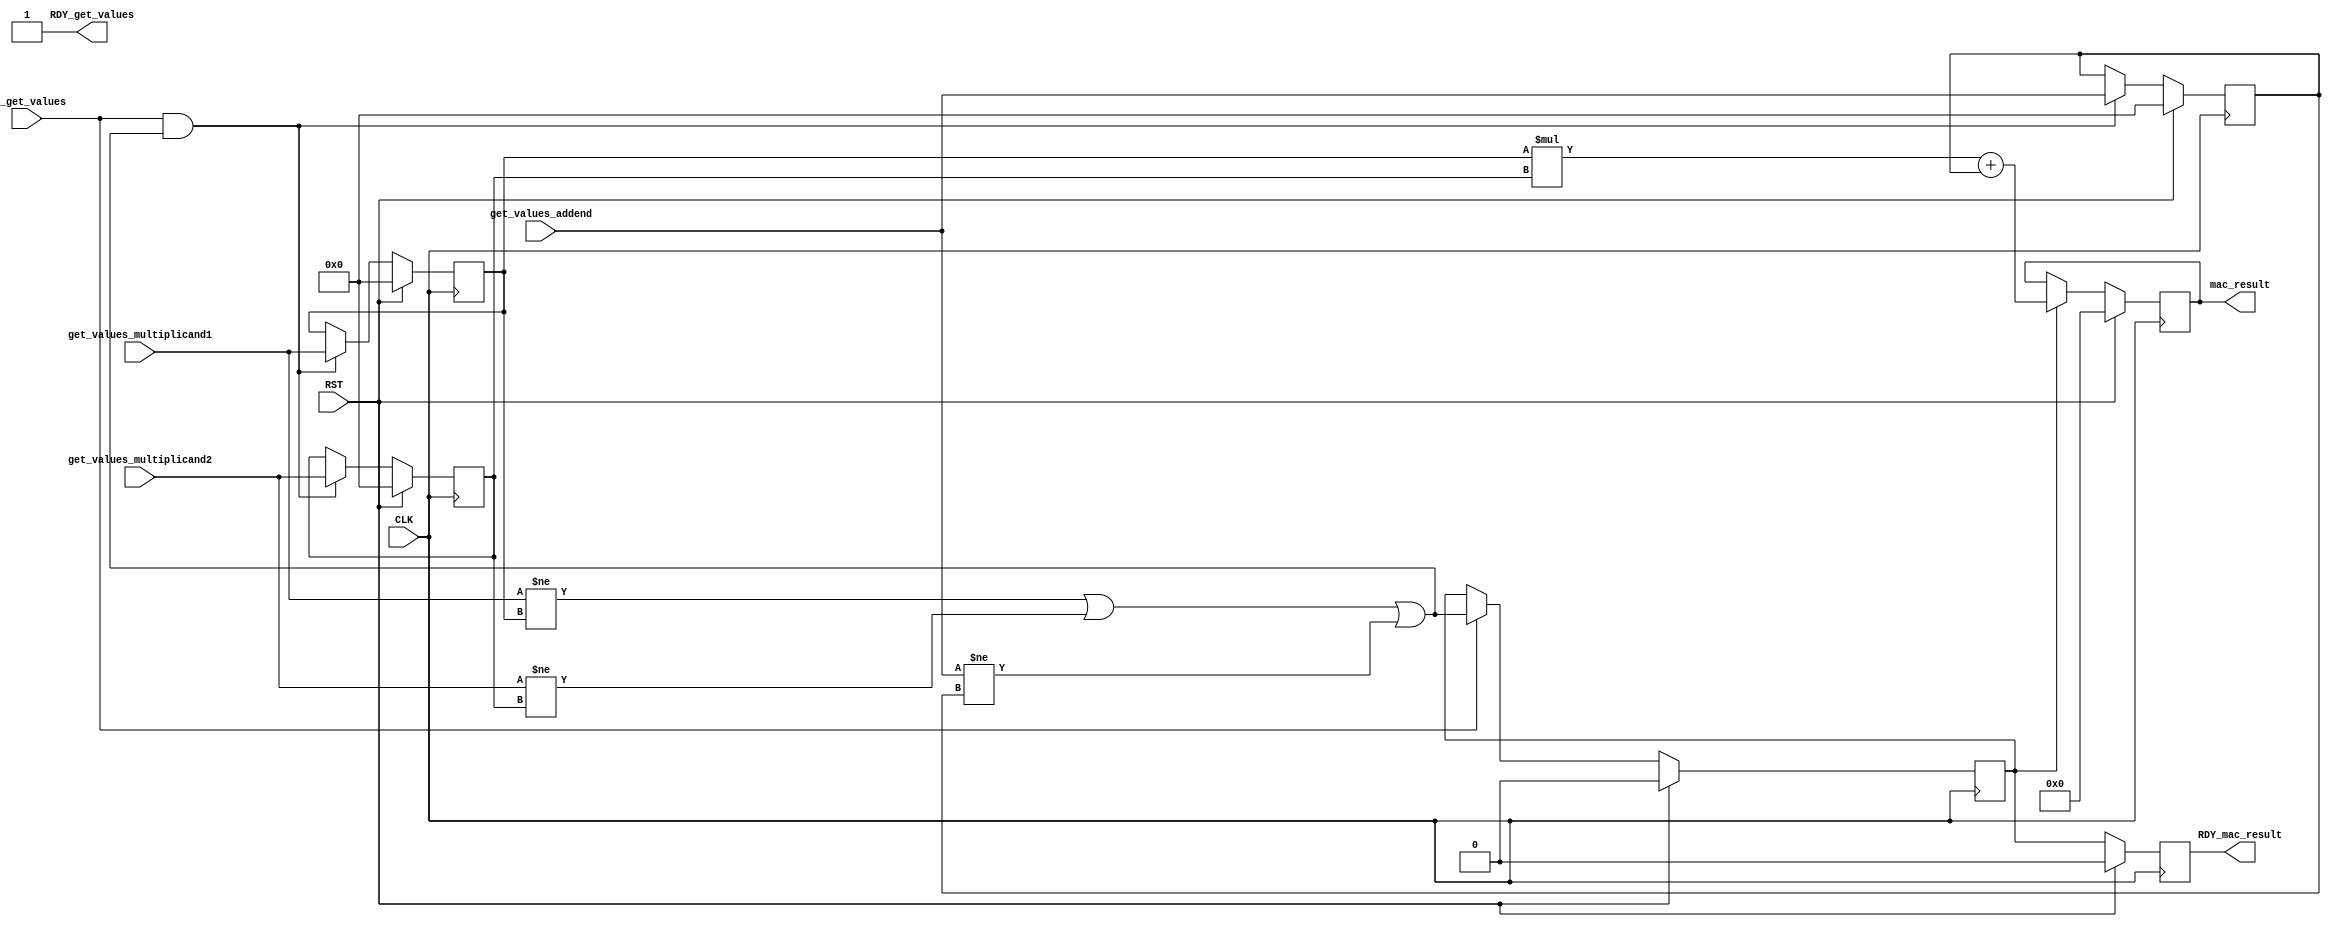
module mkmac16(CLK,
	       RST,

	       get_values_multiplicand1,
	       get_values_multiplicand2,
	       get_values_addend,
	       EN_get_values,
	       RDY_get_values,

	       mac_result,
	       RDY_mac_result);
  input  CLK;
  input  RST;

  // action method get_values
  input  [15 : 0] get_values_multiplicand1;
  input  [15 : 0] get_values_multiplicand2;
  input  [15 : 0] get_values_addend;
  input  EN_get_values;
  output RDY_get_values;

  // value method mac_result
  output [31 : 0] mac_result;
  output RDY_mac_result;

  // signals for module outputs
  wire [31 : 0] mac_result;
  wire RDY_get_values, RDY_mac_result;

  // register a
  reg [15 : 0] a;
  wire [15 : 0] a$D_IN;
  wire a$EN;

  // register inp_ready
  reg inp_ready;
  wire inp_ready$D_IN, inp_ready$EN;

  // register m1
  reg [15 : 0] m1;
  wire [15 : 0] m1$D_IN;
  wire m1$EN;

  // register m2
  reg [15 : 0] m2;
  wire [15 : 0] m2$D_IN;
  wire m2$EN;

  // register mac_ready
  reg mac_ready;
  wire mac_ready$D_IN, mac_ready$EN;

  // register resmac
  reg [31 : 0] resmac;
  wire [31 : 0] resmac$D_IN;
  wire resmac$EN;

  // rule scheduling signals
  wire CAN_FIRE_RL_mac,
       CAN_FIRE_get_values,
       WILL_FIRE_RL_mac,
       WILL_FIRE_get_values;

  // remaining internal signals
  wire [63 : 0] _0_CONCAT_m1_MUL_0_CONCAT_m2___d6;
  wire [31 : 0] x__h299, y__h298, y__h300;
  wire NOT_get_values_multiplicand1_EQ_m1_1_2_OR_NOT__ETC___d18;

  // action method get_values
  assign RDY_get_values = 1'd1 ;
  assign CAN_FIRE_get_values = 1'd1 ;
  assign WILL_FIRE_get_values = EN_get_values ;

  // value method mac_result
  assign mac_result = resmac ;
  assign RDY_mac_result = mac_ready ;

  // rule RL_mac
  assign CAN_FIRE_RL_mac = 1'd1 ;
  assign WILL_FIRE_RL_mac = 1'd1 ;

  // register a
  assign a$D_IN = get_values_addend ;
  assign a$EN =
	     EN_get_values &&
	     NOT_get_values_multiplicand1_EQ_m1_1_2_OR_NOT__ETC___d18 ;

  // register inp_ready
  assign inp_ready$D_IN =
	     NOT_get_values_multiplicand1_EQ_m1_1_2_OR_NOT__ETC___d18 ;
  assign inp_ready$EN = EN_get_values ;

  // register m1
  assign m1$D_IN = get_values_multiplicand1 ;
  assign m1$EN =
	     EN_get_values &&
	     NOT_get_values_multiplicand1_EQ_m1_1_2_OR_NOT__ETC___d18 ;

  // register m2
  assign m2$D_IN = get_values_multiplicand2 ;
  assign m2$EN =
	     EN_get_values &&
	     NOT_get_values_multiplicand1_EQ_m1_1_2_OR_NOT__ETC___d18 ;

  // register mac_ready
  assign mac_ready$D_IN = inp_ready ;
  assign mac_ready$EN = 1'd1 ;

  // register resmac
  assign resmac$D_IN = _0_CONCAT_m1_MUL_0_CONCAT_m2___d6[31:0] + y__h298 ;
  assign resmac$EN = inp_ready ;

  // remaining internal signals
  assign NOT_get_values_multiplicand1_EQ_m1_1_2_OR_NOT__ETC___d18 =
	     get_values_multiplicand1 != m1 ||
	     get_values_multiplicand2 != m2 ||
	     get_values_addend != a ;
  assign _0_CONCAT_m1_MUL_0_CONCAT_m2___d6 = x__h299 * y__h300 ;
  assign x__h299 = { 16'd0, m1 } ;
  assign y__h298 = { 16'd0, a } ;
  assign y__h300 = { 16'd0, m2 } ;

  // handling of inlined registers

  always@(posedge CLK)
  begin
    if (RST == 1)
      begin
        a <= 16'd0;
	inp_ready <= 1'd0;
	m1 <= 16'd0;
	m2 <= 16'd0;
	mac_ready <= 1'd0;
	resmac <= 32'd0;
      end
    else
      begin
        if (a$EN) a <= a$D_IN;
	if (inp_ready$EN) inp_ready <= inp_ready$D_IN;
	if (m1$EN) m1 <= m1$D_IN;
	if (m2$EN) m2 <= m2$D_IN;
	if (mac_ready$EN) mac_ready <= mac_ready$D_IN;
	if (resmac$EN) resmac <= resmac$D_IN;
      end
  end

  // synopsys translate_off
  `ifdef BSV_NO_INITIAL_BLOCKS
  `else // not BSV_NO_INITIAL_BLOCKS
  initial
  begin
    a = 16'hAAAA;
    inp_ready = 1'h0;
    m1 = 16'hAAAA;
    m2 = 16'hAAAA;
    mac_ready = 1'h0;
    resmac = 32'hAAAAAAAA;
  end
  `endif // BSV_NO_INITIAL_BLOCKS
  // synopsys translate_on
endmodule  // mkmac16